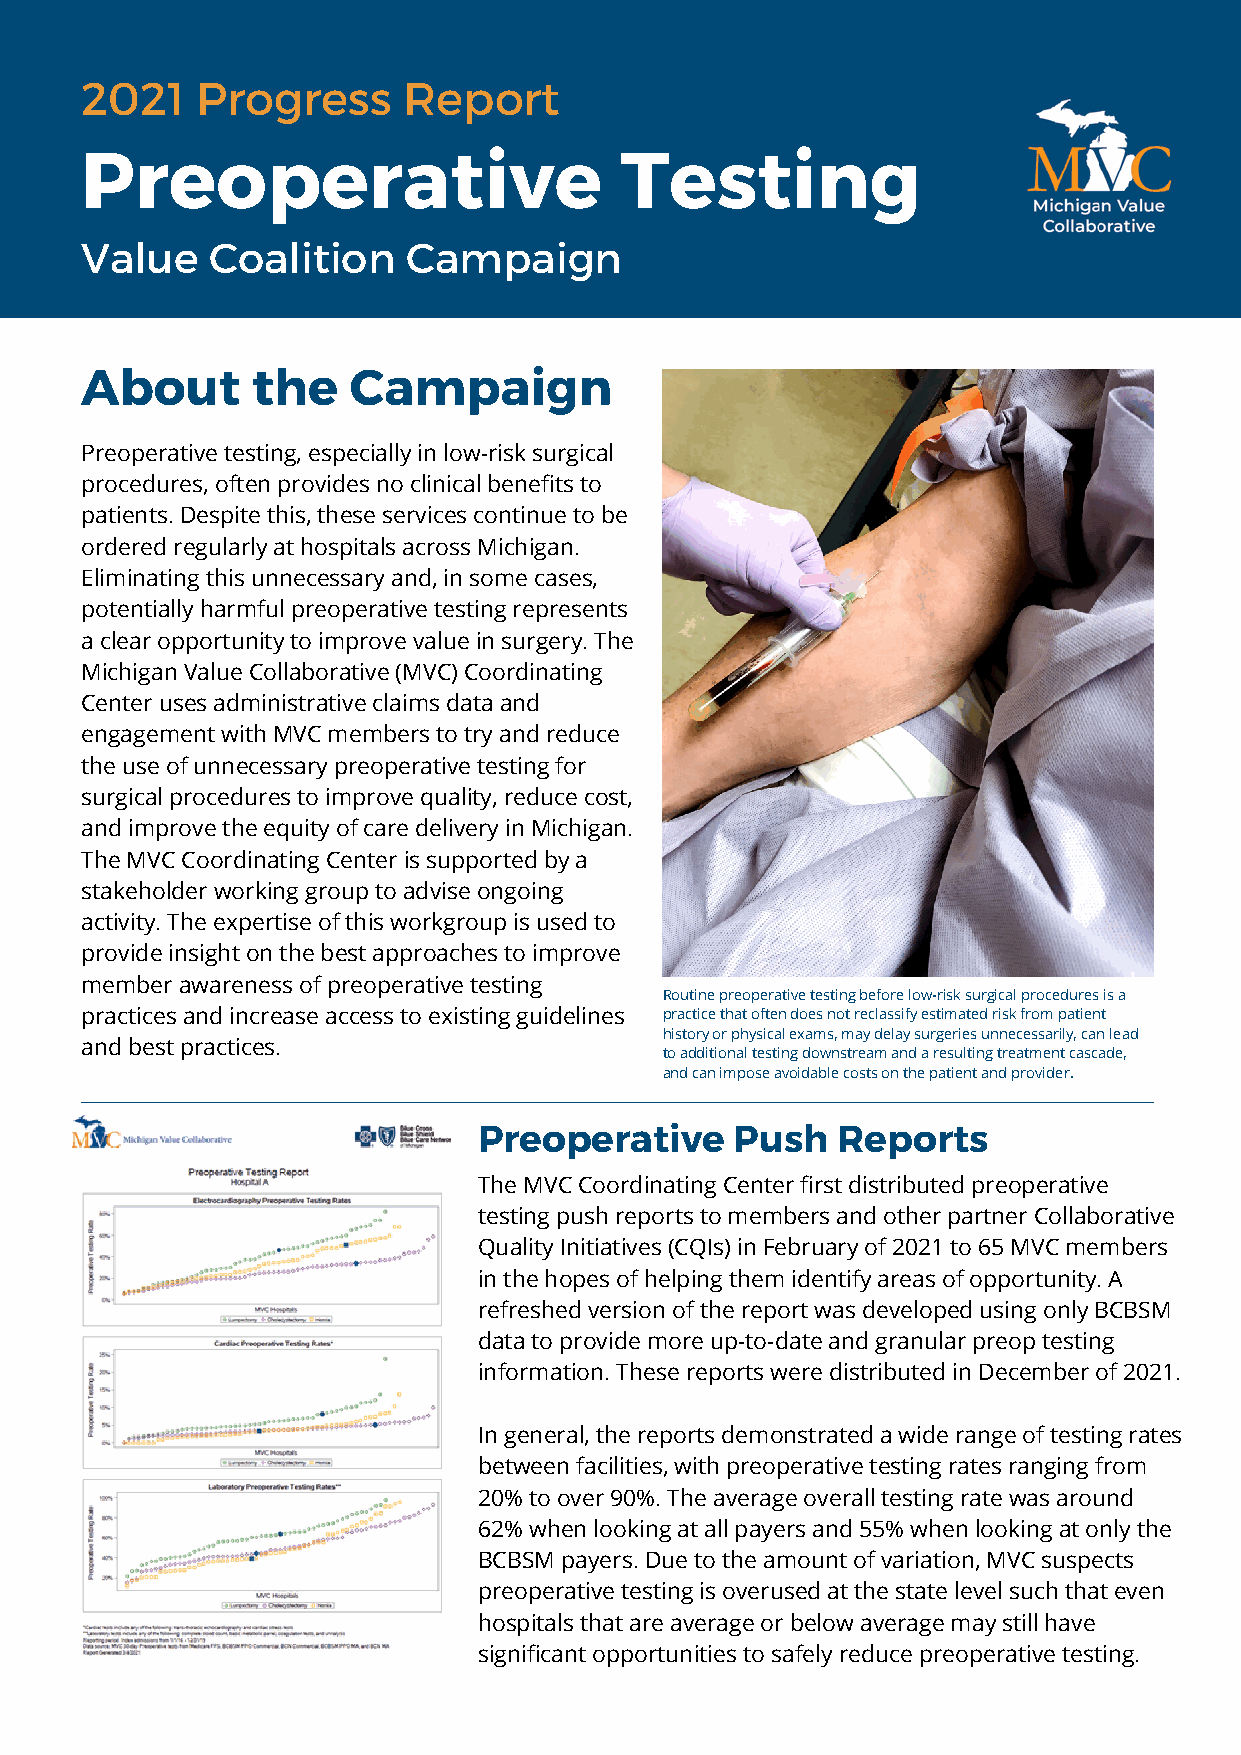
2021    Progress      Report
 Preoperative                        Testing
 Value    Coalition    Campaign
 About       the   Campaign
 Preoperative testing, especially in low-risk surgical
 procedures, often provides no clinical benefits to
 patients. Despite this, these services continue to be
 ordered regularly at hospitals across Michigan.
 Eliminating this unnecessary and, in some cases,
 potentially harmful preoperative testing represents
 a clear opportunity to improve value in surgery. The
 Michigan Value Collaborative (MVC) Coordinating
 Center uses administrative claims data and
 engagement with MVC members to try and reduce
 the use of unnecessary preoperative testing for
 surgical procedures to improve quality, reduce cost,
 and improve the equity of care delivery in Michigan.
 The MVC Coordinating Center is supported by a
 stakeholder working group to advise ongoing
 activity. The expertise of this workgroup is used to
 provide insight on the best approaches to improve
 member awareness of preoperative testing
 Routine preoperative testing before low-risk surgical procedures is a
 practices and increase access to existing guidelines practice that often does not reclassify estimated risk from patient
 history or physical exams, may delay surgeries unnecessarily, can lead
 and best practices.
 to additional testing downstream and a resulting treatment cascade,
 and can impose avoidable costs on the patient and provider.
 Preoperative     Push  Reports
 The MVC Coordinating Center first distributed preoperative
 testing push reports to members and other partner Collaborative
 Quality Initiatives (CQIs) in February of 2021 to 65 MVC members
 in the hopes of helping them identify areas of opportunity. A
 refreshed version of the report was developed using only BCBSM
 data to provide more up-to-date and granular preop testing
 information. These reports were distributed in December of 2021.
 In general, the reports demonstrated a wide range of testing rates
 between facilities, with preoperative testing rates ranging from
 20% to over 90%. The average overall testing rate was around
 62% when looking at all payers and 55% when looking at only the
 BCBSM payers. Due to the amount of variation, MVC suspects
 preoperative testing is overused at the state level such that even
 hospitals that are average or below average may still have
 significant opportunities to safely reduce preoperative testing.